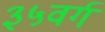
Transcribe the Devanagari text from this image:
३५वर्ग